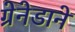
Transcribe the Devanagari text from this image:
ग्रेनेडाने